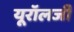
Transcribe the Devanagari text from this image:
यूरॉलजी